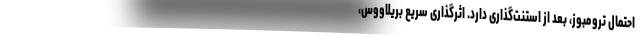
احتمال ترومبوز، بعد از استنت‌گذاری دارد. اثرگذاری سریع‌ بریلاووس،